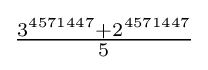
{\tfrac {3^{4571447}+2^{4571447}}{5}}